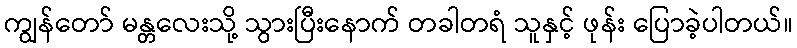
ကျွန်တော် မန္တလေးသို့ သွားပြီးနောက် တခါတရံ သူနှင့် ဖုန်း ပြောခဲ့ပါတယ်။